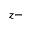
z -